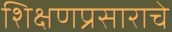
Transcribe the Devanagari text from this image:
शिक्षणप्रसाराचे